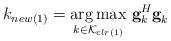
LaTeX: \begin{align*} k_{new\left (1\right )}=\underset{k\in \mathcal{K}_{clr\left ( 1\right )}}{{\arg \max}}~\textbf{g}_{k}^{H}\textbf{g}_{k}\end{align*}